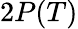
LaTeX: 2P(T)